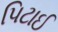
પિટાઈ